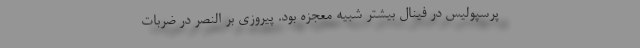
پرسپولیس در فینال بیشتر شبیه معجزه بود. پیروزی بر النصر در ضربات